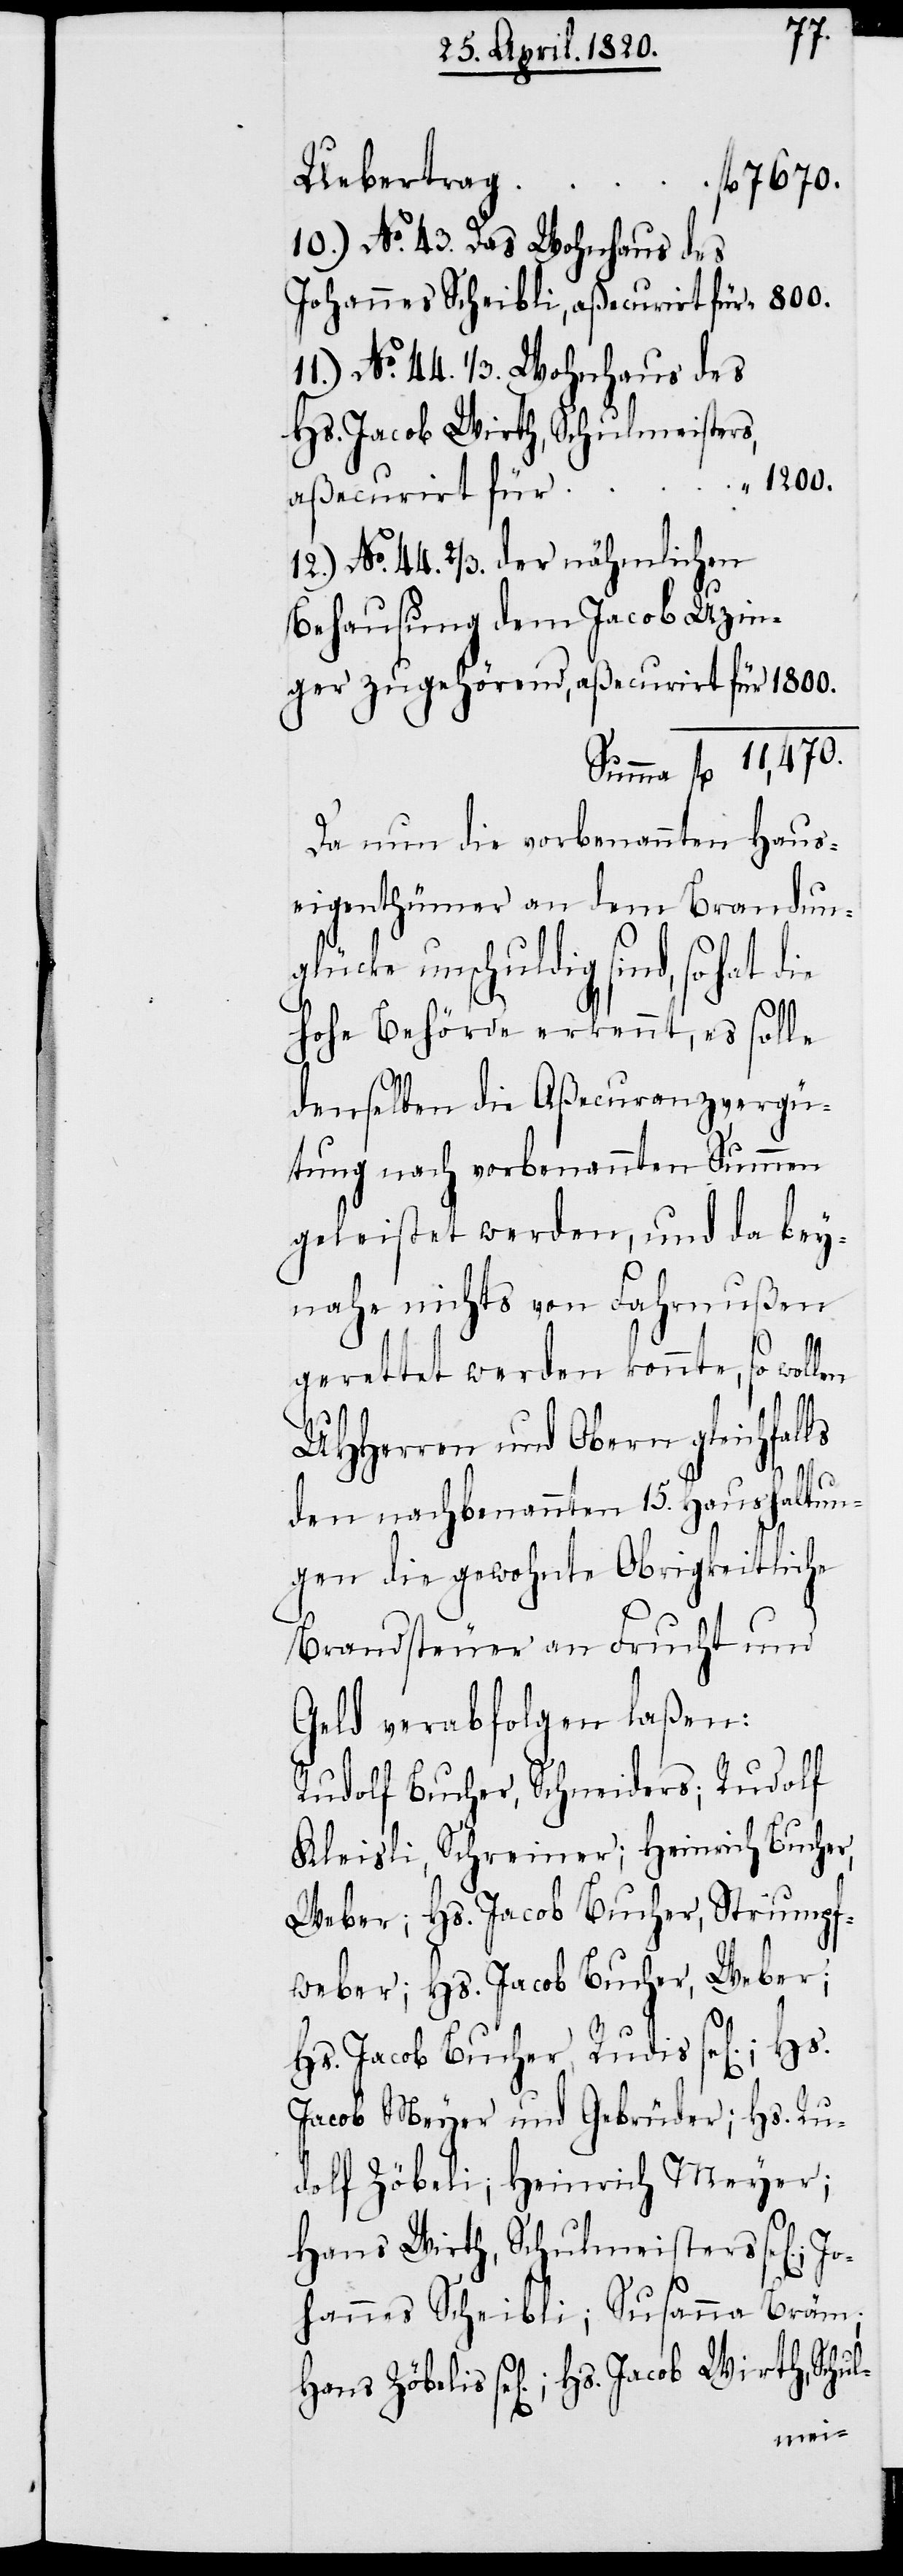
J¬
10.) No. 43. Das Wohnhaus des
Johannes Scheibli, aßecurirt für
11.) No. 44. 1/3. Wohnhaus des
Hs. Jacob Wirth, Schul-
aßecurirt für
12.) No. 44. 2/3. der nähmlichen
Behausung dem Jacob Uzing¬
Summe	fl.	11,470.
Da nun die vorbenannten Haus¬
eigenthümer an dem Brandun¬
glücke unschuldig sind, so hat
n].;
Hohe Behörde erkennt, es solle
denselben die Aßecuranzvergü¬
tung nach vorbenannten Summen
geleistet werden, und da bey¬
nahe nichts von Fahrnußen
gerettet werden konnte, so wol¬
UHHerren und Obern gleichfalls
den nachbenannten 15. Haushaltun¬
gen die gewohnte Obrigkeitliche
Brandsteuer an Frucht und
Geld verabfolgen laßen:
Rudolf Bucher, Schneiders; Rudolf
Kleisli, Schreiner; Heinrich Bucher,
Weber; Hs. Jacob Bucher, Strumpf¬
weber; Hs. Jacob Bucher, Weber;
Hs. Jacob Bucher, Rudis sel[ige¬
Jacob Meyer und Gebrüder; Hs. Ru¬
dolf Zöbeli; Heinrich Meyer,
Hans Wirth, Schulmeisters sel[ige¬
ans
ohannes Scheibli; Susanna Brämh¬
len